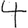
Digit: 4